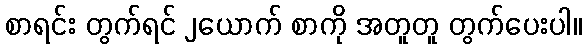
စာရင်း တွက်ရင် ၂ယောက် စာကို အတူတူ တွက်ပေးပါ။